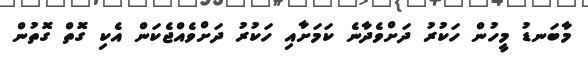
މާބަނޑު މީހުން ހަކުރު ދަށްވެދާނެ ކަމަށާއި ހަކުރު ދަށްވެއްޖެކަން އެކި ގޮތް ގޮތުން